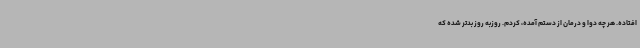
افتاده. هر چه دوا و درمان از دستم آمده، کردم. روزبه روز بدتر شده که